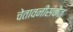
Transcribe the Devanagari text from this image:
चेतावनीसंकेत